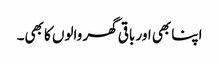
اپنا بھی اور باقی گھر والوں کا بھی۔